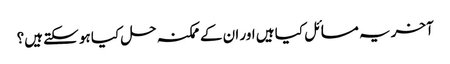
آخر یہ مسائل کیا ہیں اور ان کے ممکنہ حل کیا ہو سکتے ہیں؟